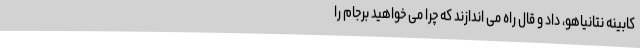
کابینه نتانیاهو، داد و قال راه می اندازند که چرا می خواهید برجام را